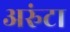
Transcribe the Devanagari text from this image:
अरुंटा